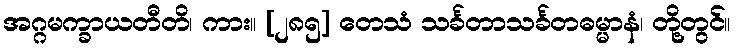
အဂ္ဂမက္ခာယတီတိ၊ ကား။ [၂၈၅] တေသံ သင်္ခတာသင်္ခတဓမ္မာနံ၊ တို့တွင်။